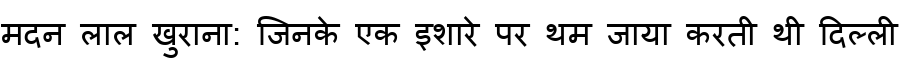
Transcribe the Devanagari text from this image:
मदन लाल खुराना: जिनके एक इशारे पर थम जाया करती थी दिल्ली